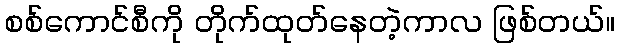
စစ်ကောင်စီကို တိုက်ထုတ်နေတဲ့ကာလ ဖြစ်တယ်။